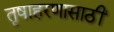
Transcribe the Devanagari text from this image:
तृषाहरणासाठीं